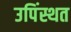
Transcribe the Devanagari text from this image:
उपिंस्थत